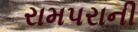
રામપરાની